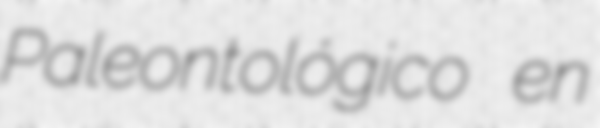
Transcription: Paleontológico en